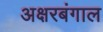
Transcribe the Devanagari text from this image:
अक्षरबंगाल